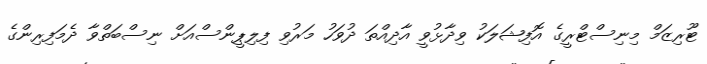
ޓޫރިޒަމް މިނިސްޓްރީގެ އޮފިޝަލަކު ވިދާޅުވީ އާދިއްތަ ދުވަހު މަރުވި ފިލިޕީންސްއަށް ނިސްބަތްވާ ދެމަފިރިންގެ